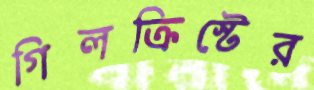
গিলক্রিস্টের